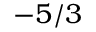
- 5 / 3